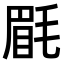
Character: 𣮮